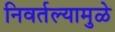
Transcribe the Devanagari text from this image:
निवर्तल्यामुळे